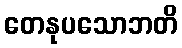
တေနုပသောဘတိ